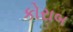
કોરાબ